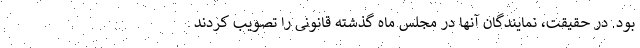
بود. در حقیقت، نمایندگان آنها در مجلس ماه گذشته قانونی را تصویب کردند